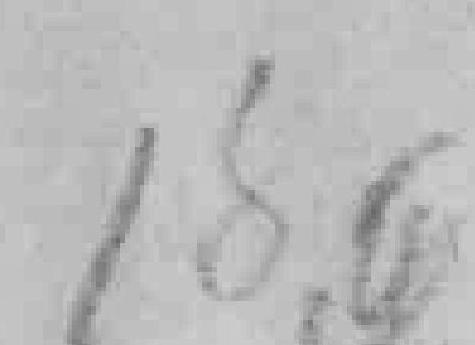
186